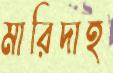
মারিদাহ